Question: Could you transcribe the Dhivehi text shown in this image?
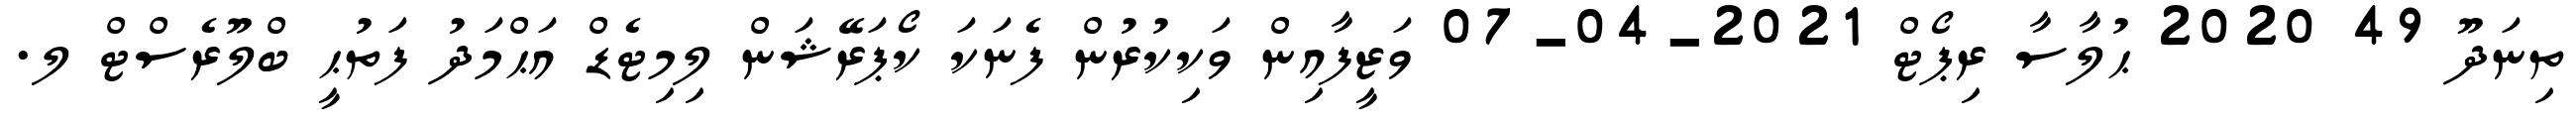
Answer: ތިނަދޫ 49 2020 ޙުލާސާ ރިޕޯޓް 2021-04-07 ވަޒީފާއިން ވަކިކުރުން ފެނަކަ ކޯޕަރޭޝަން ލިމިޓެޑް އަޙްމަދު ފަތުޙީ ބްލޫރެސްޓް ލ.